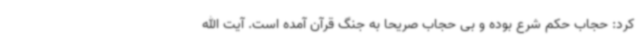
کرد: حجاب حکم شرع بوده و بی حجاب صریحا به جنگ قرآن آمده است. آیت الله